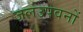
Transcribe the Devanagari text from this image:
जलउपवनों